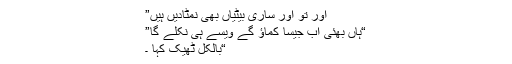
اور تو اور ساری بیٹیاں بھی نمٹادیں ہیں”
“ہاں بھئی اب جیسا کماؤ گے ویسے ہی نکلے گا”
“بالکل ٹھیک کہا ۔